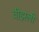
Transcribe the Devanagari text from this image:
वीझली